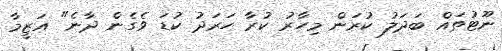
ނޫޓުތައް ބަދަލު ކުރަން މިހާރު ކުރާ ހަރަދު ކުޑަ ވެގެން ދާނެ" އަޒީމާ